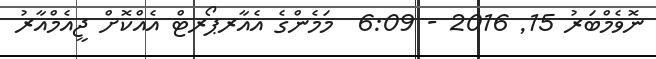
ނޮވެމްބަރު 15